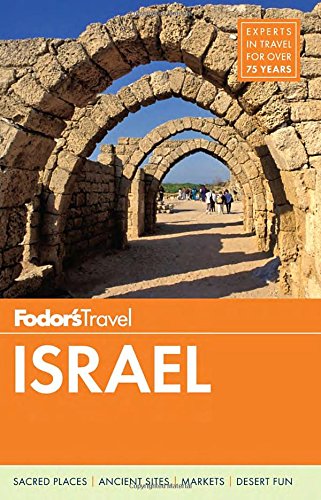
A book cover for Fodor's Israel (Full-color Travel Guide); Fodor's; Travel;